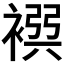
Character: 𧛴